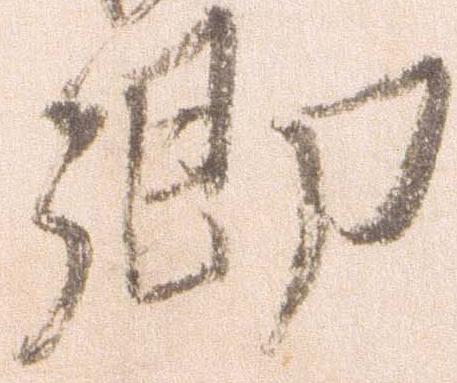
郷